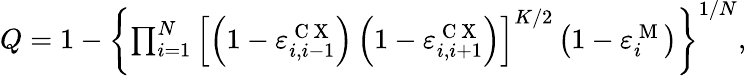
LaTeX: \begin{array}{r}{Q=1-\left\{ \prod_{i=1}^{N}\left[\left(1-\varepsilon_{i,i-1}^{\mathrm{~C~X~}}\right)\left(1-\varepsilon_{i,i+1}^{\mathrm{~C~X~}}\right)\right]^{K/2}\left(1-\varepsilon_{i}^{\mathrm{~M~}}\right)\right\} ^{1/{N}},}\end{array}